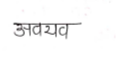
मजकूर: अवयव